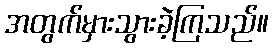
အတွက်မှားသွားခဲ့ကြသည်။